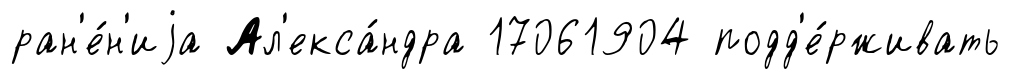
ран'е́н'иjа Ал'екса́ндра 17061904 подд'е́рживать